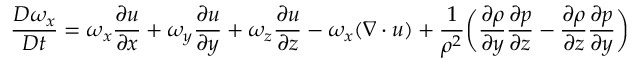
\frac { D \omega _ { x } } { D t } = \omega _ { x } \frac { \partial u } { \partial x } + \omega _ { y } \frac { \partial u } { \partial y } + \omega _ { z } \frac { \partial u } { \partial z } - \omega _ { x } ( \boldsymbol { \nabla \cdot u } ) + \frac { 1 } { \rho ^ { 2 } } \bigg ( \frac { \partial \rho } { \partial y } \frac { \partial p } { \partial z } - \frac { \partial \rho } { \partial z } \frac { \partial p } { \partial y } \bigg )